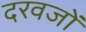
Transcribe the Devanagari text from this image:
दरवजों